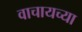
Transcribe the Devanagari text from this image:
वाचायच्या